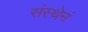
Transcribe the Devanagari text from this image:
संस्थेनं